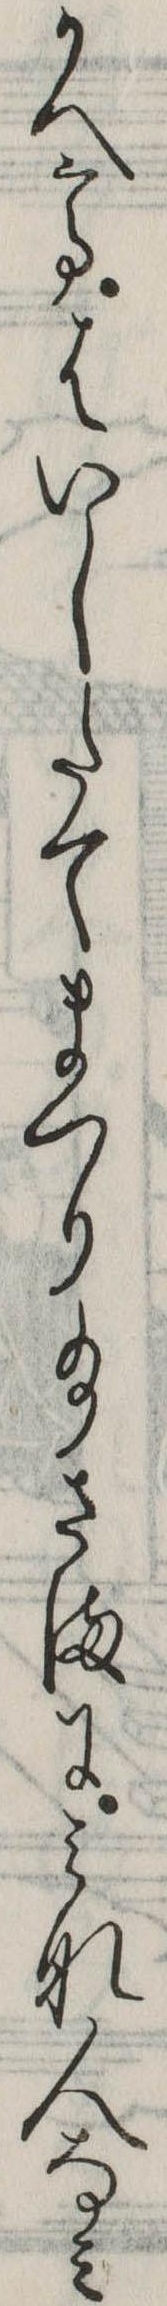
かへてはいしたてまつり給さまにみな人なみ